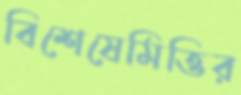
বিশেষেমিত্তির